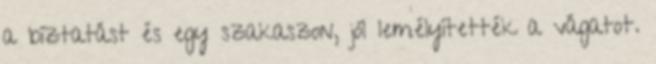
a bíztatást és egy szakaszon, jól lemélyítették a vágatot.